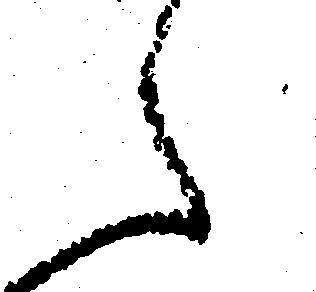
え